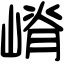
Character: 嵴